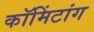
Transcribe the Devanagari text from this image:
कॉमिंटांग